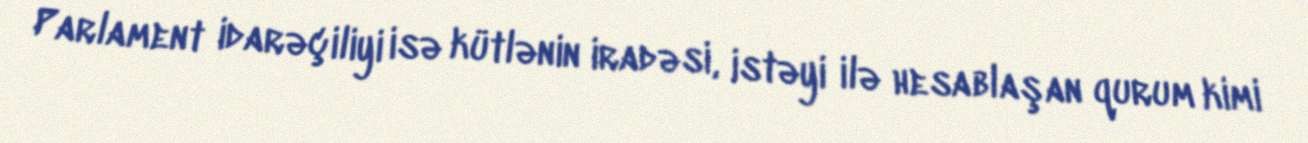
Parlament idarəçiliyi isə kütlənin iradəsi, istəyi ilə hesablaşan qurum kimi